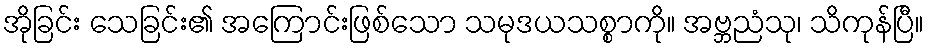
အိုခြင်း သေခြင်း၏ အကြောင်းဖြစ်သော သမုဒယသစ္စာကို။ အဗ္ဘညံသု၊ သိကုန်ပြီ။